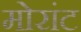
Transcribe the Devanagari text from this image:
मोरांट